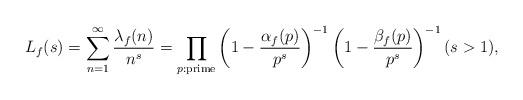
LaTeX: \begin{align*}L_f(s)=\sum_{n=1}^\infty\frac{\lambda_f(n)}{n^s}=\prod_{p{\rm:prime}}\left(1-\frac{\alpha_f(p)}{p^s}\right)^{-1}\left(1-\frac{\beta_f(p)}{p^s}\right)^{-1} (s>1), \end{align*}